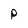
Character: p